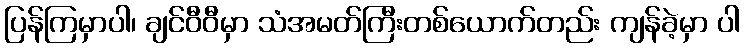
ပြန်ကြမှာပါ၊ ချင်ဝီဝီမှာ သံအမတ်ကြီးတစ်ယောက်တည်း ကျန်ခဲ့မှာ ပါ